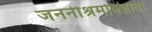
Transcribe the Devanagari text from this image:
जननीश्रमविज्ञाता